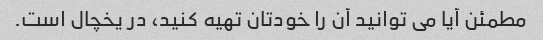
مطمئن آیا می توانید آن را خودتان تهیه کنید، در یخچال است.